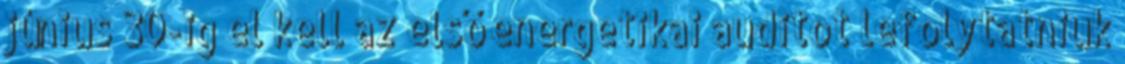
jú­ni­us 30-ig el kell az el­ső ener­ge­ti­kai au­di­tot le­foly­tat­ni­uk